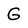
Character: G